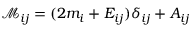
\mathcal { M } _ { i j } = ( 2 m _ { i } + E _ { i j } ) \delta _ { i j } + A _ { i j }